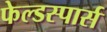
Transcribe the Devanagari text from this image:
फेल्डस्पार्स